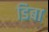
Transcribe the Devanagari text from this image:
डिबा